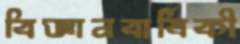
বিজ্ঞানবার্ষিকী